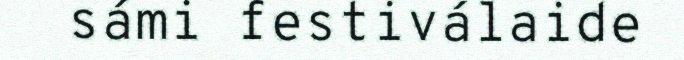
sámi festiválaide